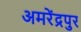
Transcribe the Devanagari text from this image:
अमरेंद्रपुर